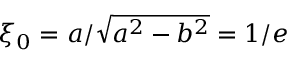
\xi _ { 0 } = a / \sqrt { a ^ { 2 } - b ^ { 2 } } = 1 / e